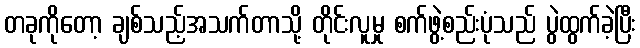
တခုကိုတော့ ချစ်သည့်အသက်တာသို့ တိုင်းလူမှု စက်ဖွဲ့စည်းပုံသည် ပွဲထွက်ခဲ့ပြီး